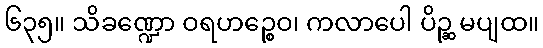
၆၃၅။ သိခဏ္ဍော ဝရဟဉ္စေဝ၊ ကလာပေါ ပိဉ္ဆ မပျထ။